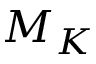
M _ { K }